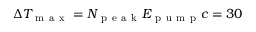
\Delta T _ { \mathrm { ~ m ~ a ~ x ~ } } = N _ { \mathrm { ~ p ~ e ~ a ~ k ~ } } E _ { \mathrm { ~ p ~ u ~ m ~ p ~ } } c = 3 0